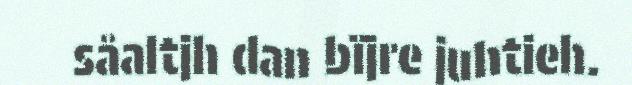
såaltjh dan bïjre juhtieh.